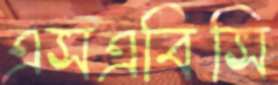
এসএবিসি